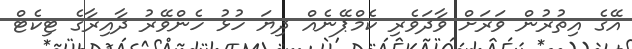
އޭގެ އިތުރުން ވަރަށް ވާދަވެރި ކެމްޕޭނެއް ދިޔަ ހުޅު ހެންވޭރު ދާއިރާގެ ޓިކެޓް